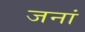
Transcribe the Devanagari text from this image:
जनां